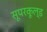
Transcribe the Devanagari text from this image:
सूपरकूल्ड